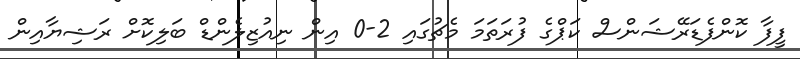
ފީފާ ކޮންފެޑަރޭޝަންސް ކަޕްގެ ފުރަތަމަ މެޗުގައި 2-0 އިން ނިއުޒިލެންޑް ބަލިކޮށް ރަޝިޔާއިން